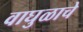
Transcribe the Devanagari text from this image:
वाघुळाचे